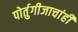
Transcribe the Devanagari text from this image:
पोर्तुगीजाचांही